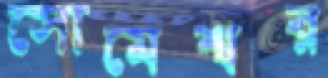
সোমেশ্বর